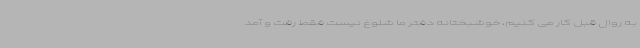
به روال قبل کار می کنیم، خوشبختانه دفتر ما شلوغ نیست فقط رفت و آمد